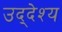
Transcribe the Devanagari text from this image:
उद्‌देश्‍य